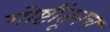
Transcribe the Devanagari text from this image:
गोष्टींतूनच